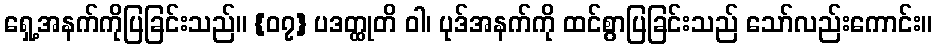
ရှေ့အနက်ကိုပြခြင်းသည်။ {၀၇} ပဒတ္ထုတိ ဝါ၊ ပုဒ်အနက်ကို ထင်စွာပြခြင်းသည် သော်လည်းကောင်း။